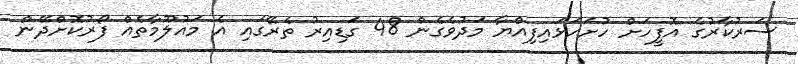
ސަރުކާރުގެ އޮފީހަށް ހުށަހަޅައިފިއްޔާ މަދުވެގެން 48 ގަޑިއިރު ތެރޭގައި އެ މައުލޫމާތެއް ފޯރުކޮށްދޭން